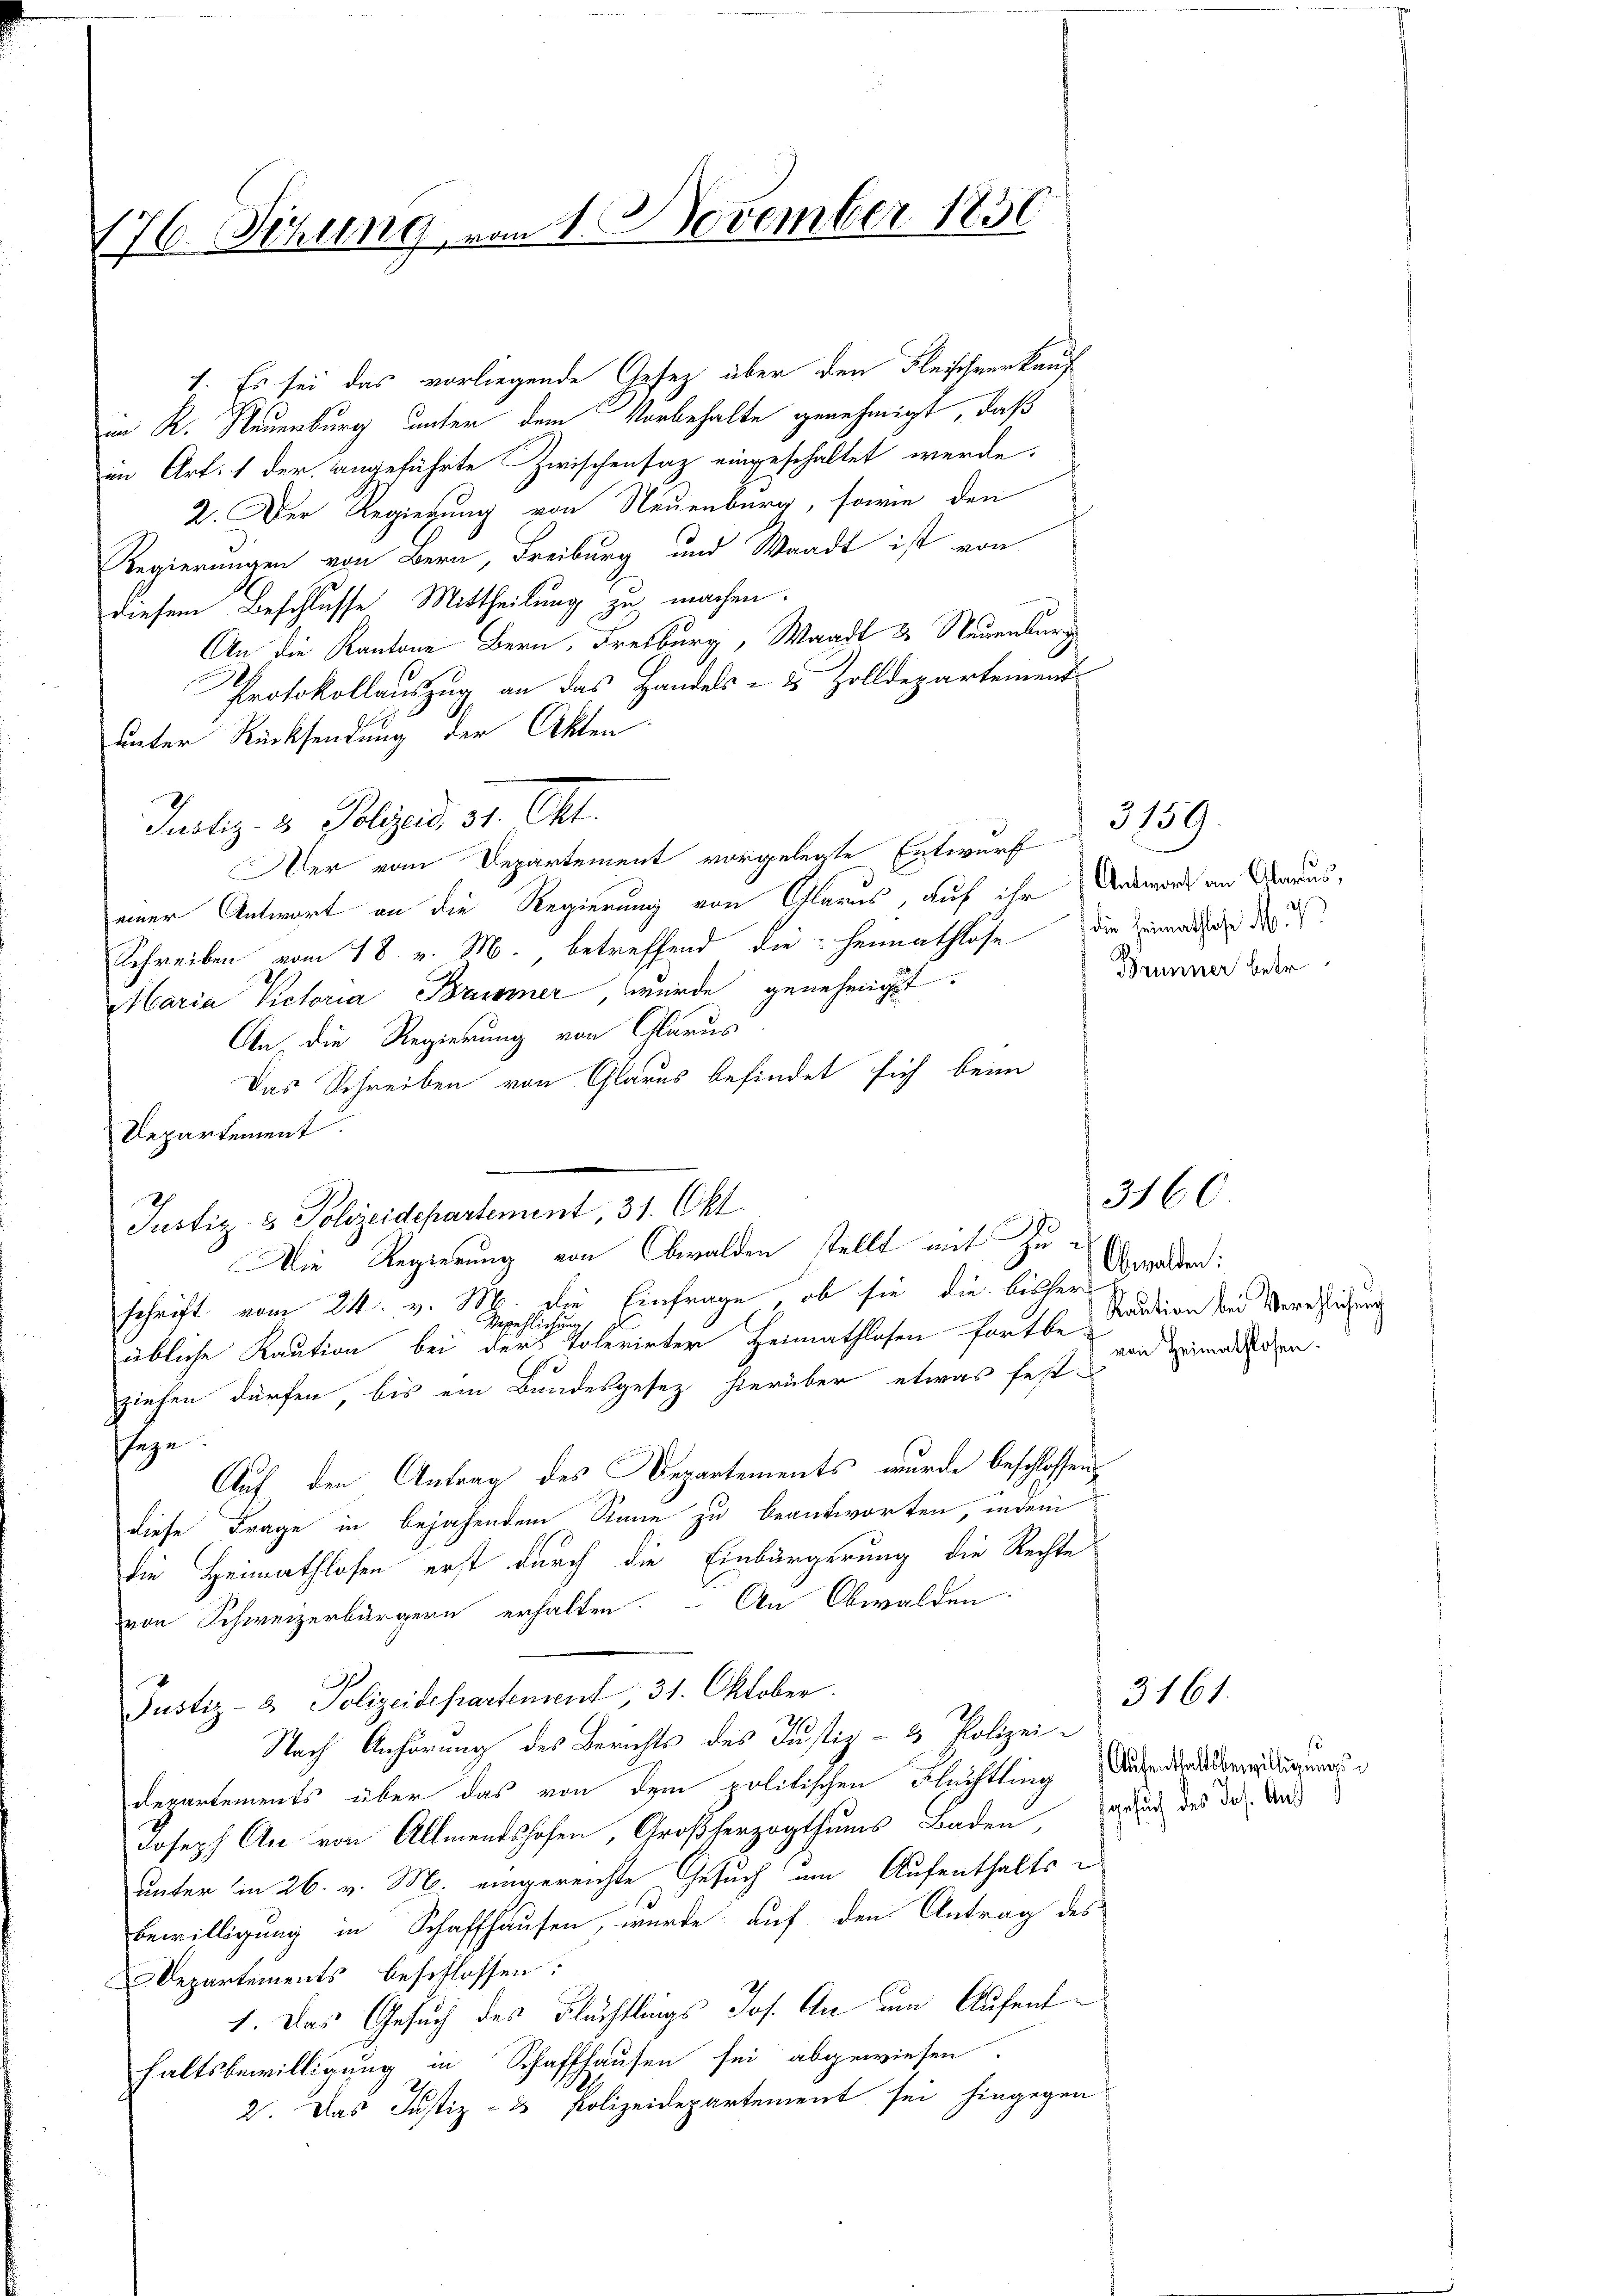
176. Sitzung vom 1. November 1850

im R. Neuenburg unter dem Vorbehalte genehmigt, daß
in Art. 1 der angeführte Zwischensatz eingeschaltet werde.
2. Der Regierung von Neuenburg, sowie den
Regierungen von Bern, Freiburg und Waadt ist von
diesem Beschlusse Mittheilung zu machen.
An die Kantone Bern, Freiburg, Waadt & Neuenburg
Protokollauszug an das Handels- & Zolldepartement
unter Rücksendung der Akten.
Justiz- & Polizis 31. Okt.
Der vom Departement vorgelegte Entwurf
einer Antwort an die Regierung von Glarus, auf ihr Antwort an Araus,
Schreiben vom 18. v. M. betreffend die Heimathlose die Einmachen der
Maria Victoria Brummer, wurde genehmigt.
An die Regierung von Glarus
Das Schreiben von Glarus befindet sich beim
Departement.
Justiz- & Polizeidepartement, 31. Okt.
schrift vom 24. v. M. die Einfrage, ob sie die bisher
übliche Kaution bei der einen tolerinter Heimathlosen fortbe Caution die Verschließung
ziehen dürfen, bis ein Bundesgesez hierüber etwas festsage.
Auf den Antrag des Departements, wurde beschlossen,
diese Frage in bejahendem Sinne zu beantworten, indem
die Heimathlosen erst durch die Einbürgerung die Rechte
von Schweizerbürgern erhalten. An Obwalden.
Justiz- & Polizeidepartement, 31. Oktober.
Nach Anhörung des Berichts des Justiz- & Polizeidepartements über das von dem politischen Flüchtling Aufendesbergierungs
Joseph An von Allmentshofen, Großherzogthums Baden auch das da. Und
unter in 26. v. M. eingereichte Gesuch am Aufenthalts u
Bewilligung in Schaffhausen, wurde auf den Antrag des
Departements beschlossen:
1. Das Gesuch des Flächtlings Jos. An um Aufenthaltsbewilligung in Schaffhausen sei abgewiesen.
2. Das Justiz- & Polizeidepartement sei hingegen

1. Es sei das vorliegende Gesetz über den Fleischverkauf

Die Regierung von Obwalden stellt mit Zu¬

Brunner betr

3159.

3160

Obwalden:
von Heimathlosen.

3161.